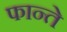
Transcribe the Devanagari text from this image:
फान्ते